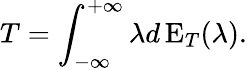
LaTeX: T=\int_{-\infty}^{+\infty}\lambda d\operatorname{E}_{T}(\lambda).